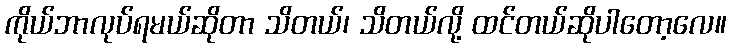
ကိုယ်ဘာလုပ်ရမယ်ဆိုတာ သိတယ်၊ သိတယ်လို့ ထင်တယ်ဆိုပါတော့လေ။